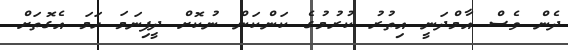
ދެން ވެސް އާމްދަނީ އިތުރު ކުރުމުގެ ކަންކަން ނުކޮށް ދީފިނަމަ ހަމަ އެގޮތަށް